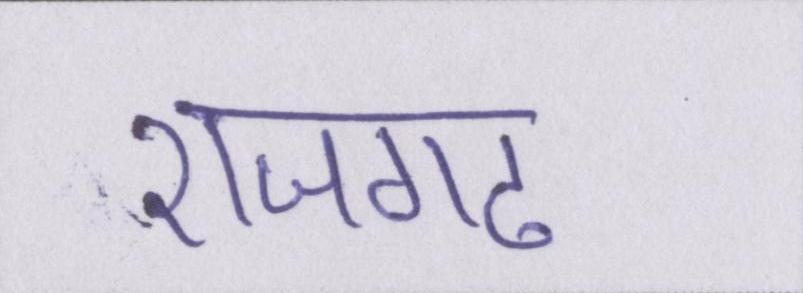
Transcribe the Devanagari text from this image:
राजगढ